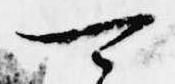
可